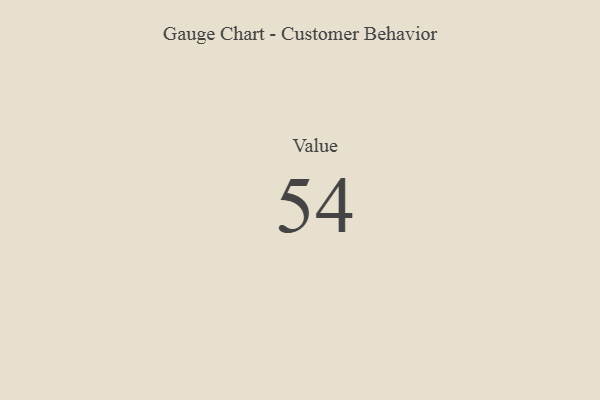
{"axis": {"x": "Metric", "y": "Value"}, "legend": [""], "data": [{"x": "Value", "y": 54, "type": ""}]}